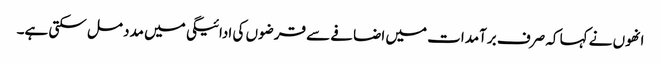
انھوں نے کہا کہ صرف برآمدات میں اضافے سے قرضوں کی ادائیگی میں مدد مل سکتی ہے۔